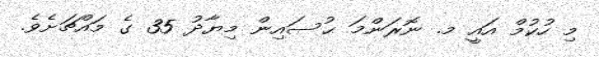
މި ހުކުމް އައީ މ. ނޮރަންމަ ޙުސައިން މިޔާދު 35 ގެ މައްޗަށެވެ.